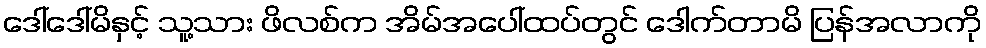
ဒေါ်ဒေါ်မိနှင့် သူ့သား ဖိလစ်က အိမ်အပေါ်ထပ်တွင် ဒေါက်တာမိ ပြန်အလာကို